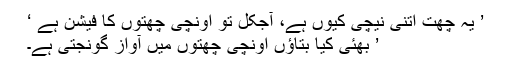
’ یہ چھت اتنی نیچی کیوں ہے، آجکل تو اونچی چھتوں کا فیشن ہے ‘
’ بھئی کیا بتاؤں اونچی چھتوں میں آواز گونجتی ہے۔